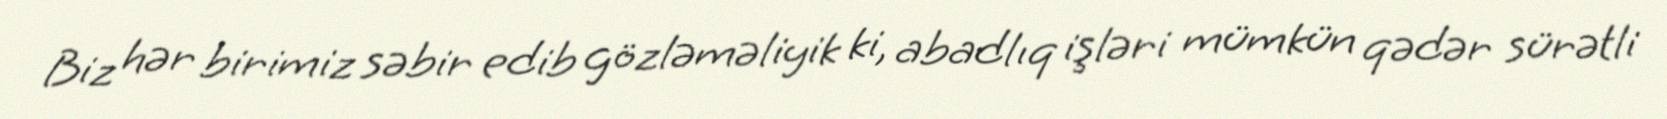
Biz hər birimiz səbir edib gözləməliyik ki, abadlıq işləri mümkün qədər sürətli